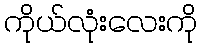
ကိုယ်လုံးလေးကို